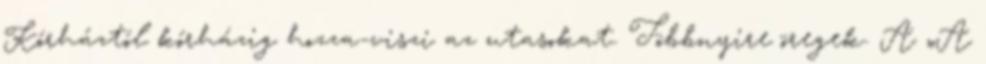
Kórháztól kórházig hozza-viszi az utasokat. Többnyire öregek. A „A